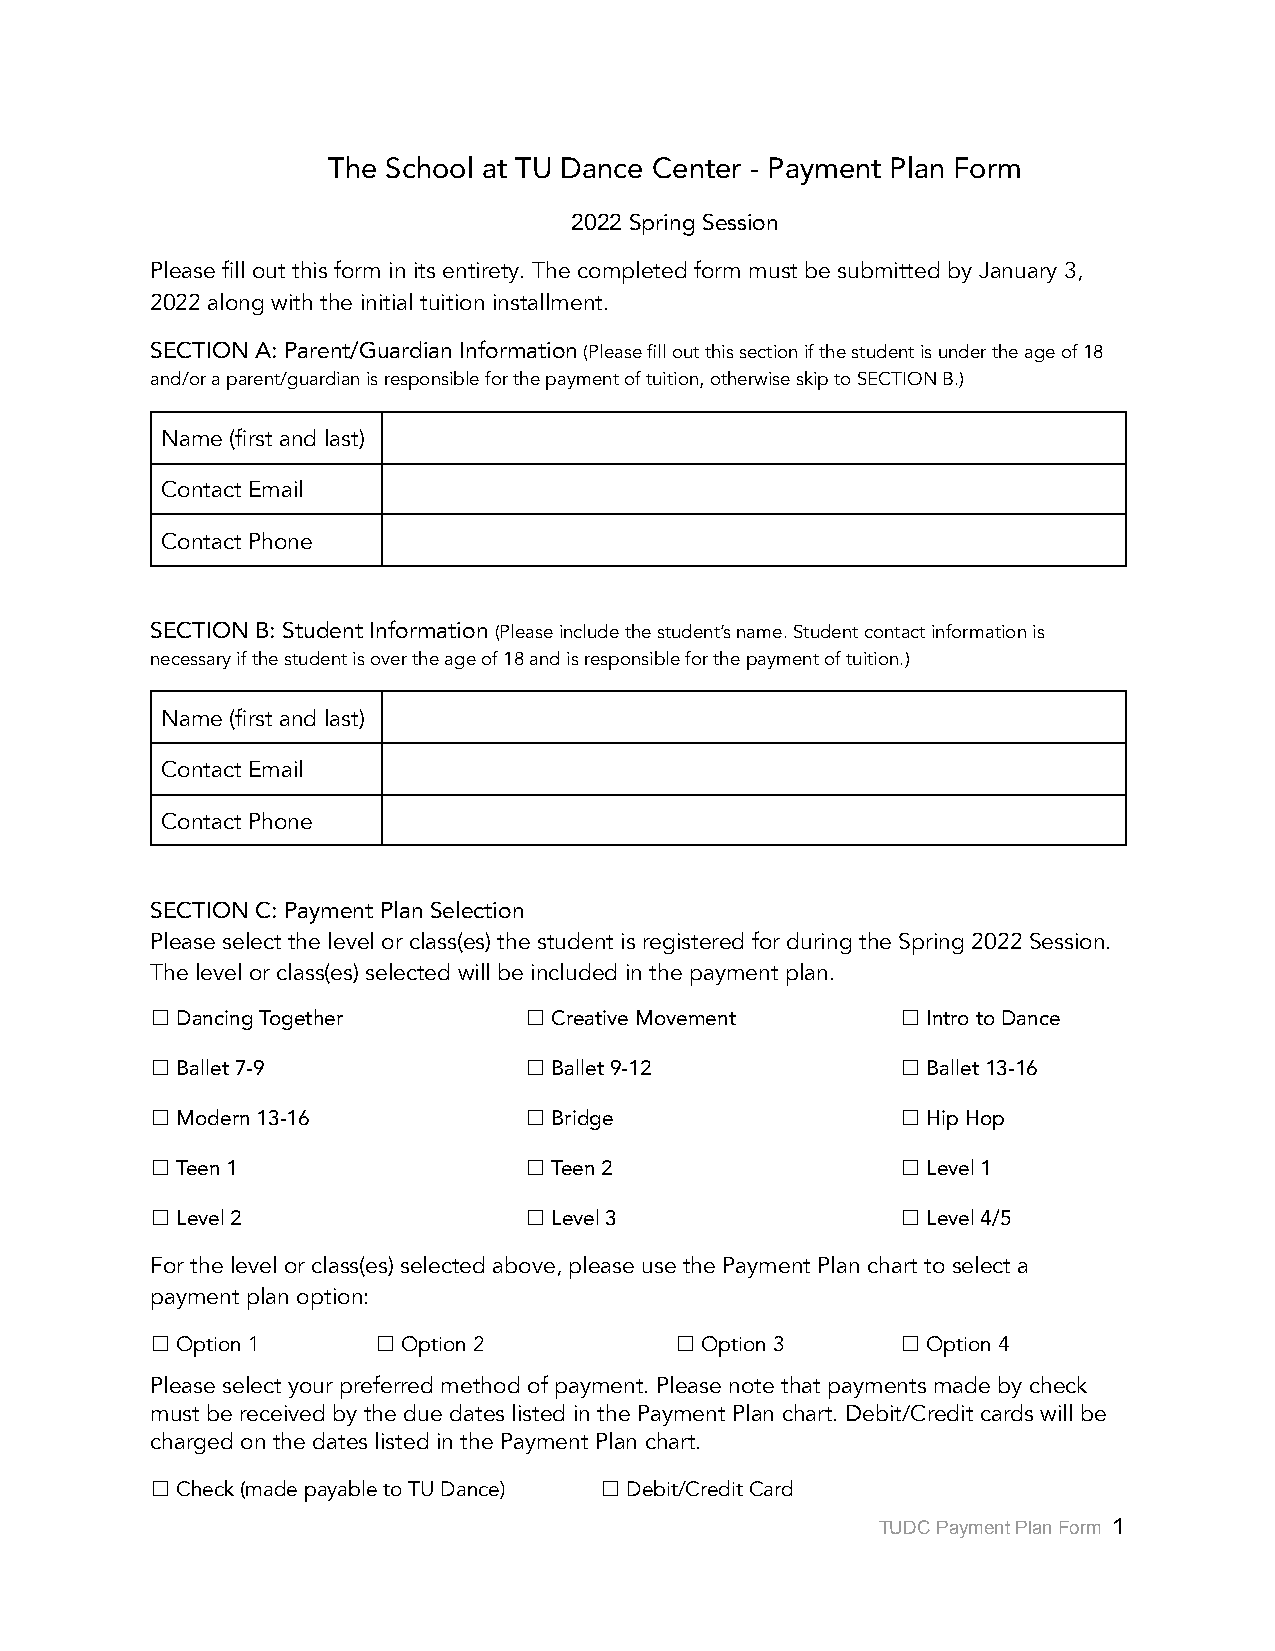
The School at TU Dance Center - Payment Plan Form
 2022 Spring Session
 Please fill out this form in its entirety. The completed form must be submitted by January 3,
 2022 along with the initial tuition installment.
 SECTION A: Parent/Guardian Information(Please fillout this section if the student is under the age of 18
 and/or a parent/guardian is responsible for the payment of tuition, otherwise skip to SECTION B.)
 Name (first and last)
 Contact Email
 Contact Phone
 SECTION B: Student Information (Please include thestudent’s name. Student contact information is
 necessary if the student is over the age of 18 and is responsible for the payment of tuition.)
 Name (first and last)
 Contact Email
 Contact Phone
 SECTION C: Payment Plan Selection
 Please select the level or class(es) the student is registered for during the Spring 2022 Session.
 The level or class(es) selected will be included in the payment plan.
 ☐Dancing Together        ☐Creative Movement       ☐Introto Dance
 ☐Ballet 7-9              ☐Ballet 9-12             ☐ Ballet 13-16
 ☐ Modern 13-16           ☐Bridge                  ☐Hip Hop
 ☐Teen 1                  ☐Teen 2                  ☐Level 1
 ☐Level 2                 ☐Level 3                 ☐Level 4/5
 For the level or class(es) selected above, please use the Payment Plan chart to select a
 payment plan option:
 ☐ Option 1     ☐ Option 2          ☐ Option 3     ☐ Option 4
 Please select your preferred method of payment. Please note that payments made by check
 must be received by the due dates listed in the Payment Plan chart. Debit/Credit cards will be
 charged on the dates listed in the Payment Plan chart.
 ☐ Check (made payable to TU Dance) ☐ Debit/Credit Card
 TUDC Payment Plan Form 1